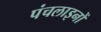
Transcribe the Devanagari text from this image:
पंचलाइनों